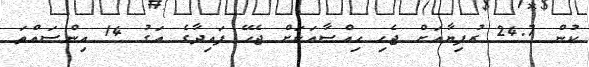
ކުން 24.7 ރުފިޔާއަށް ޖެހި ހިއްސާއަކަށް ޖެހޭ ފައިދާގެ އަގު 14 އިންސައްތަ